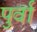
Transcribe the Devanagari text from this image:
पुर्वा